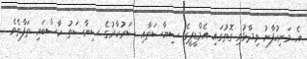
އެ މަނިކުފާނު ވިދާޅުވި ގޮތުގައި އެމްޑީޕީގެ ސިޔާސަތާއި ސަރުކާރުގެ ސިޔާސަތު ހާސްބައި ތަފާތެވެ.